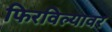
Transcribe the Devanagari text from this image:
फिरविल्यावर